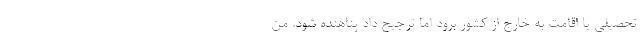
تحصیلی یا اقامت به خارج از کشور برود اما ترجیح داد پناهنده شود. من